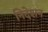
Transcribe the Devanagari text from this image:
निदेशन